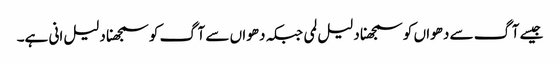
جیسے آگ سے دھواں کو سمجھنا دلیل لمی جبکہ دھواں سے آگ کو سمجھنا دلیل انی ہے۔